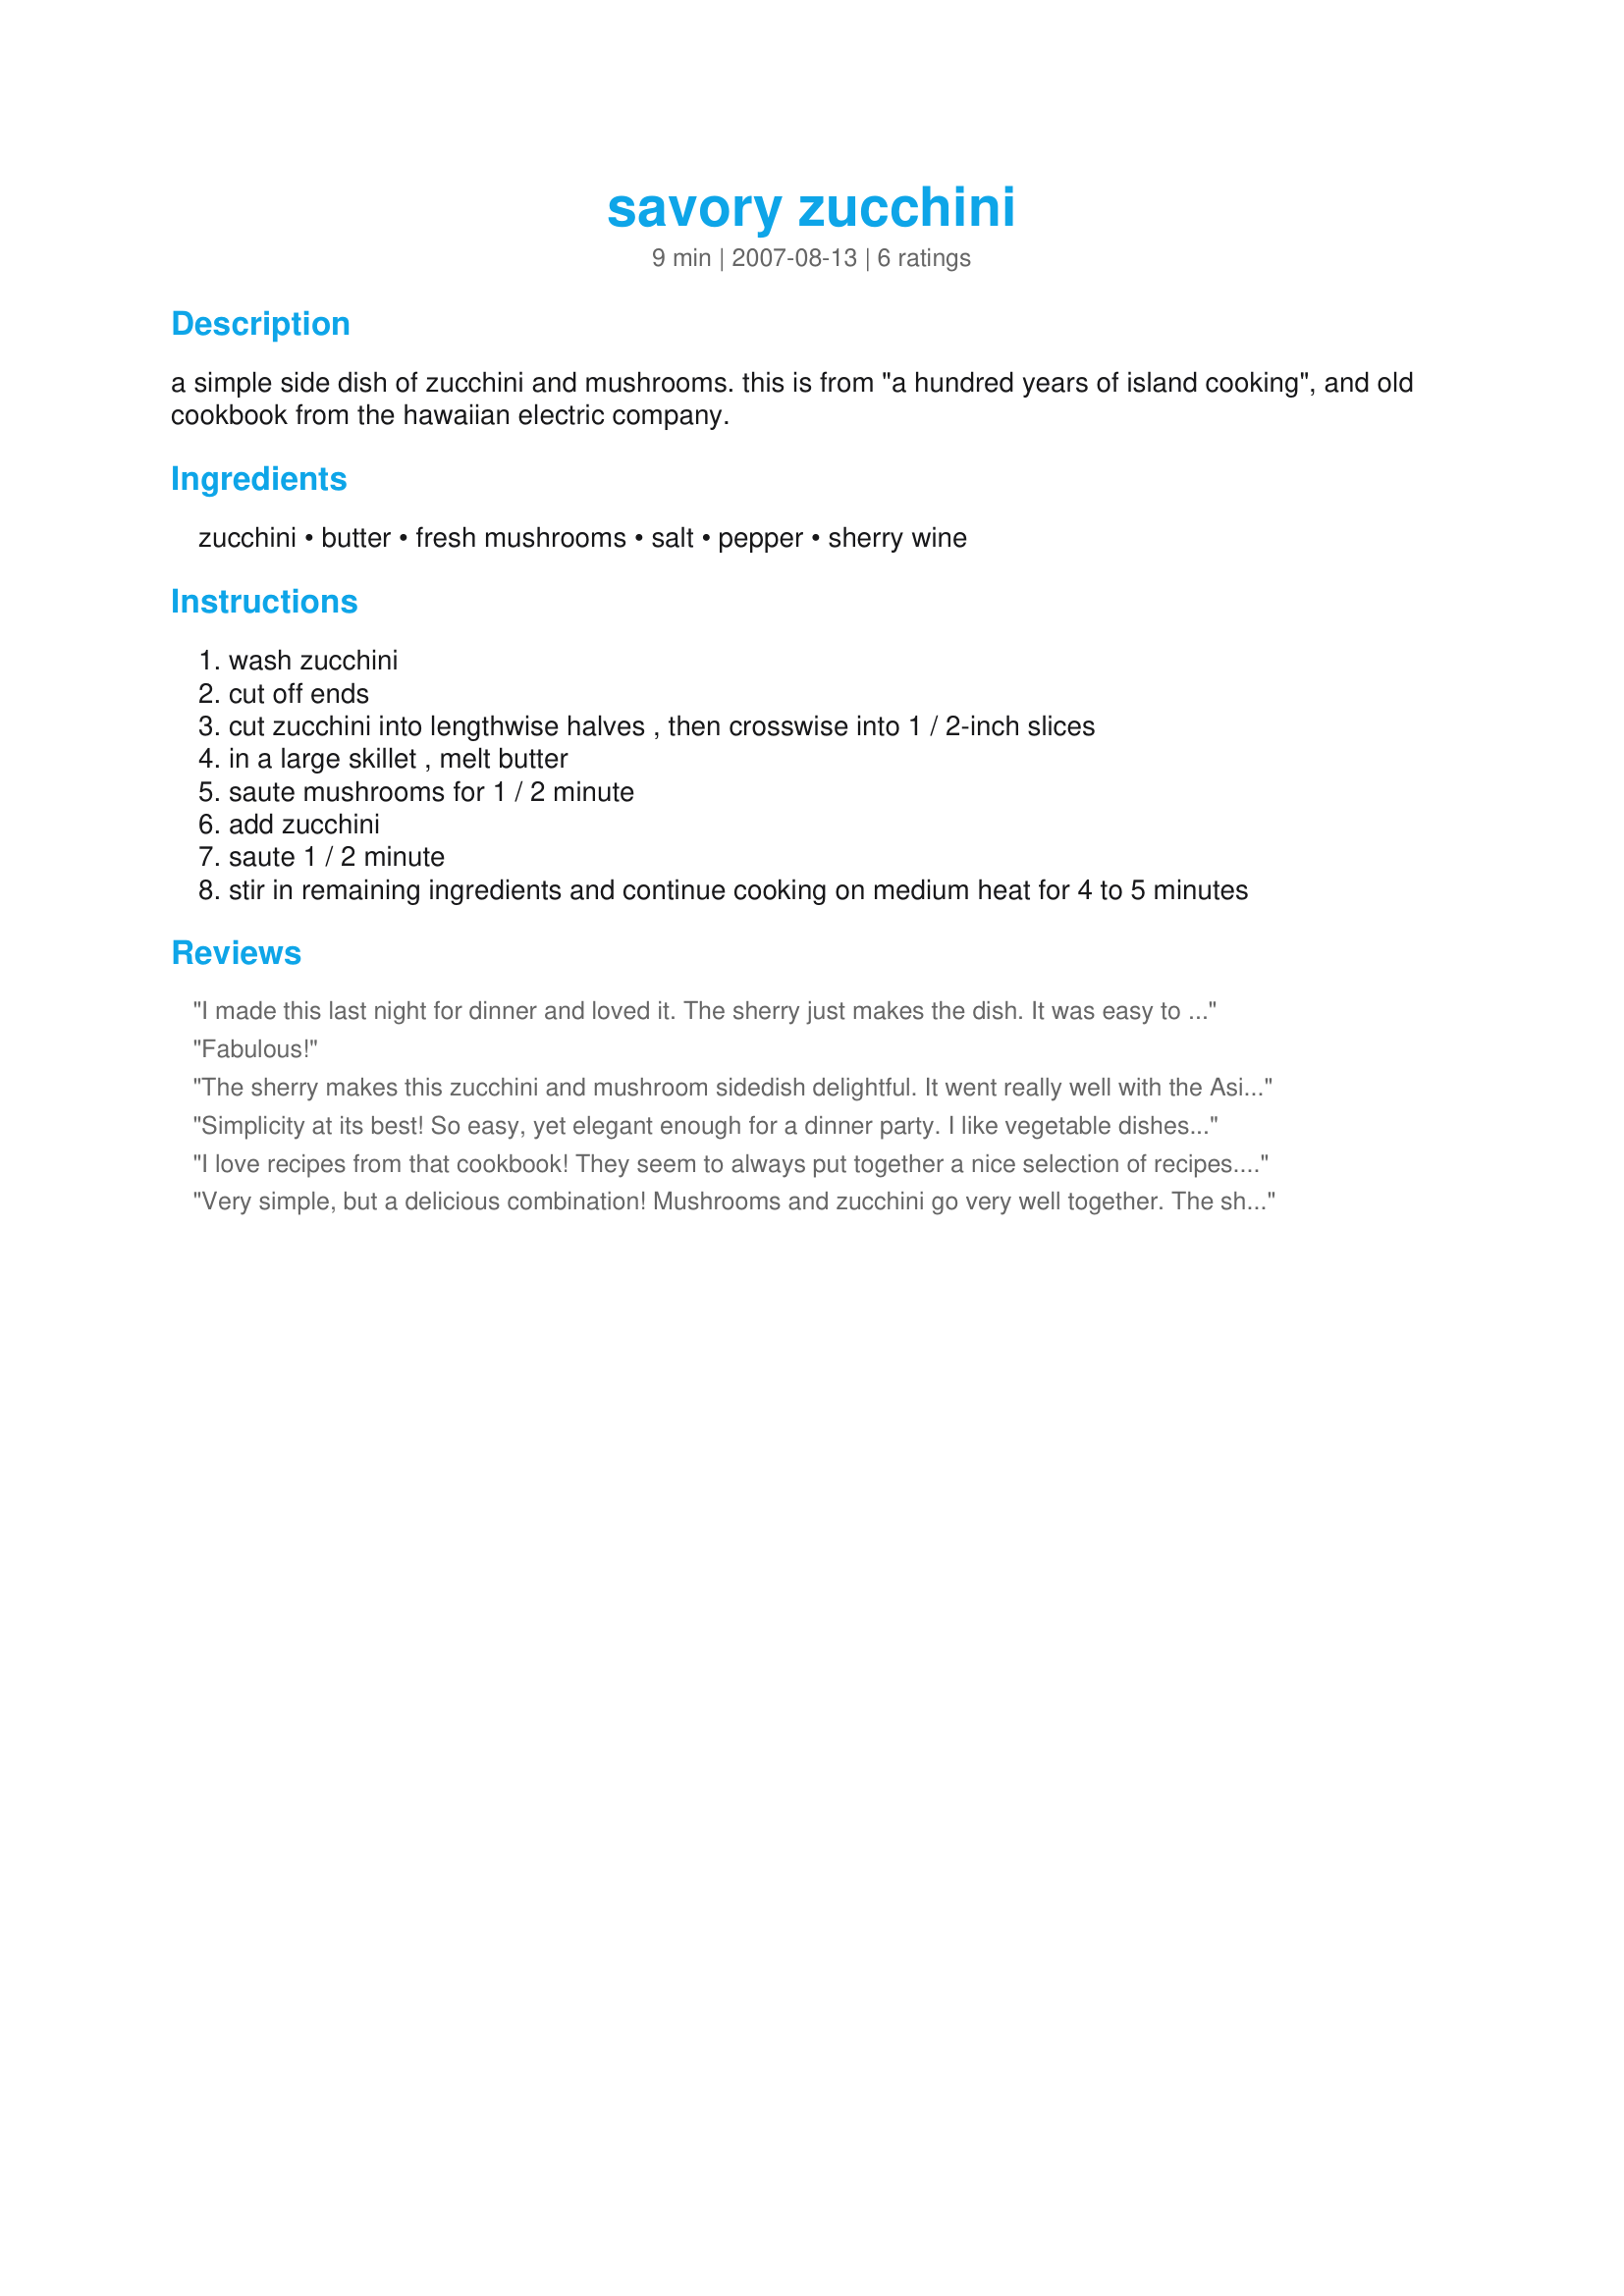
savory zucchini
Preparation time: 9 minutes

a simple side dish of zucchini and mushrooms. this is from "a hundred years of island cooking", and old cookbook from the hawaiian electric company.

Ingredients:
zucchini, butter, fresh mushrooms, salt, pepper, sherry wine

Steps:
wash zucchini
cut off ends
cut zucchini into lengthwise halves , then crosswise into 1 / 2-inch slices
in a large skillet , melt butter
saute mushrooms for 1 / 2 minute
add zucchini
saute 1 / 2 minute
stir in remaining ingredients and continue cooking on medium heat for 4 to 5 minutes

Reviews:
I made this last night for dinner and loved it. The sherry just makes the dish. It was easy to make and that's always a good thing. I used baby portabellas for the mushrooms. Thanks for posting a recipe I'll be using lots as my garden always produces too many zucchini. Made for Pick~A~Chef Spring 2008.
Fabulous!
The sherry makes this zucchini and mushroom sidedish delightful. It went really well with the Asian food we had tonight. Thanks Chilicat!
Simplicity at its best! So easy, yet elegant enough for a dinner party. I like vegetable dishes that let the vegetables shine through--fresh cracked pepper and sherry don't overpower at all, just subtly flavor. The quick cooking time also retains attractive color and nutrients. I omitted the salt and perhaps shortened the final cooking time just because we like zucchini with a little crunch to it. This recipe is versatile enough to do that--thanks for sharing, Chilicat.
I love recipes from that cookbook! They seem to always put together a nice selection of recipes. I really enjoyed this, and I think by cooking it for such a short amount of time, it kept the veggies in a nice cooked but fresh sort of state. Thanks for posting, Chilicat!
Very simple, but a delicious combination! Mushrooms and zucchini go very well together. The sherry added a nice, subtle flavor. This is a great use of summer&#039;s garden zucchini and it goes well with pretty much any main dish. I could actually eat this as a main dish. I added some garlic and decreased the butter a bit, but that&#039;s all I changed. Thanx for posting!
